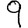
Digit: 9